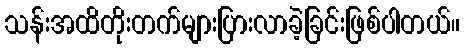
သန်းအထိတိုးတက်များပြားလာခဲ့ခြင်းဖြစ်ပါတယ်။